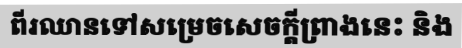
ពីរឈានទៅសម្រេចសេចក្តីព្រាងនេះ និង